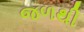
જળથી